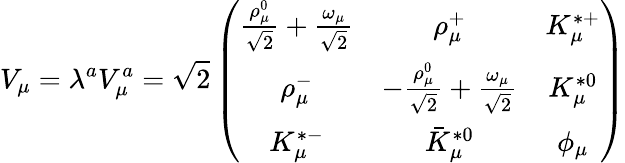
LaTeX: V_{\mu}=\lambda^{a}V_{\mu}^{a}=\sqrt{2}\left(\begin{array}{ccc}{{\frac{\rho_{\mu}^{0}}{\sqrt{2}}+\frac{\omega_{\mu}}{\sqrt{2}}}}&{{\rho_{\mu}^{+}}}&{{K_{\mu}^{*+}}}\\ {{\rho_{\mu}^{-}}}&{{-\frac{\rho_{\mu}^{0}}{\sqrt{2}}+\frac{\omega_{\mu}}{\sqrt{2}}}}&{{K_{\mu}^{*0}}}\\ {{K_{\mu}^{*-}}}&{{\bar{K}_{\mu}^{*0}}}&{{\phi_{\mu}}}\end{array}\right)